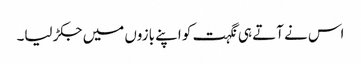
اس نے آتے ہی نگہت کو اپنے بازوں میں جکڑ لیا۔